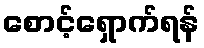
စောင့်ရှောက်ရန်